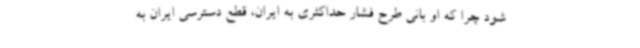
شود چرا که او بانی طرح فشار حداکثری به ایران، قطع دسترسی ایران به